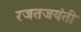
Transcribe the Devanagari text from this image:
रजतजयंती